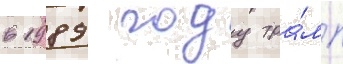
в 1989 году тра́мп